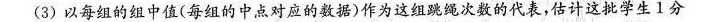
(3)以每组的组中值(每组的中点对应的数据)作为这组跳绳次数的代表，估计这批学生1分